Annual administration report of the Civil Veterinary Department of India - 1909-1910
Year: 1909
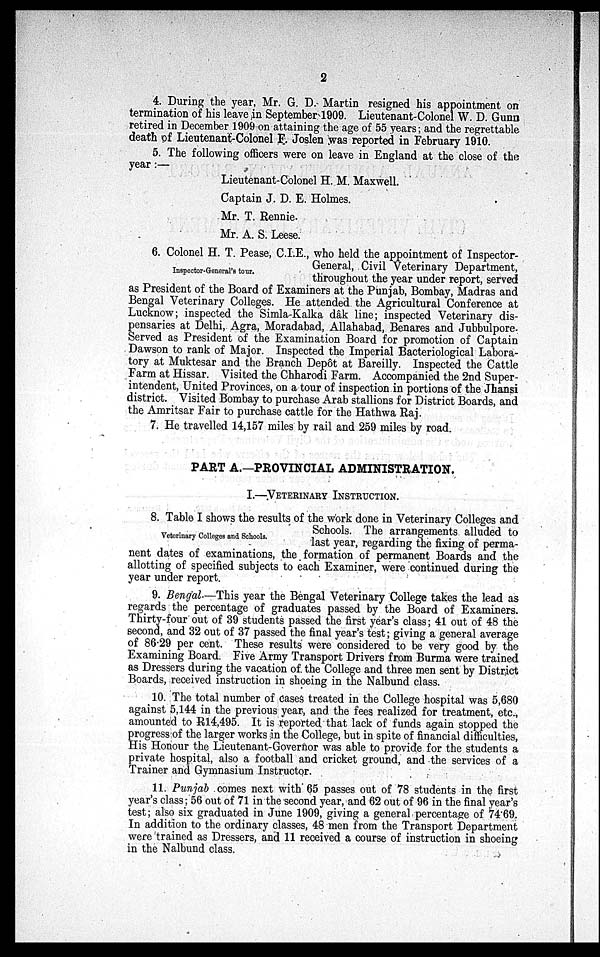
2
4. During the year, Mr. G. D. Martin resigned his appointment on
termination of his leave in September 1909. Lieutenant-Colonel W. D. Gunn
retired in December 1909 on attaining the age of 55 years; and the regrettable
death of Lieutenant-Colonel F. Joslen was reported in February 1910.
5. The following officers were on leave in England at the close of the
year:—
Lieutenant-Colonel H. M. Maxwell.
Captain J. D. E. Holmes.
Mr. T. Rennie.
Mr. A. S. Leese.
Inspector-General's tour.
6. Colonel H. T. Pease, C.I.E., who held the appointment of Inspector-
General, Civil Veterinary Department,
Inspector-General's tour.
throughout the year under report, served
as President of the Board of Examiners at the Punjab, Bombay, Madras and
Bengal Veterinary Colleges. He attended the Agricultural Conference at
Lucknow; inspected the Simla-Kalka dâk line; inspected Veterinary dis-
pensaries at Delhi, Agra, Moradabad, Allahabad, Benares and Jubbulpore.
Served as President of the Examination Board for promotion of Captain
Dawson to rank of Major. Inspected the Imperial Bacteriological Labora-
tory at Muktesar and the Branch Depôt at Bareilly. Inspected the Cattle
Farm at Hissar. Visited the Chharodi Farm. Accompanied the 2nd Super-
intendent, United Provinces, on a tour of inspection in portions of the Jhansi
district. Visited Bombay to purchase Arab stallions for District Boards, and
the Amritsar Fair to purchase cattle for the Hathwa Raj.
7. He travelled 14,157 miles by rail and 259 miles by road.
PART A.—PROVINCIAL ADMINISTRATION.
I.—VETERINARY INSTRUCTION.
Veterinary Colleges and Schools.
8. Table I shows the results of the work done in Veterinary Colleges and
Schools. The arrangements alluded to
last year, regarding the fixing of perma-
nent dates of examinations, the formation of permanent Boards and the
allotting of specified subjects to each Examiner, were continued during the
year under report.
9. Bengal.—This year the Bengal Veterinary College takes the lead as
regards the percentage of graduates passed by the Board of Examiners.
Thirty-four out of 39 students passed the first year's class; 41 out of 48 the
second, and 32 out of 37 passed the final year's test; giving a general average
of 86.29 per cent. These results were considered to be very good by the
Examining Board. Five Army Transport Drivers from Burma were trained
as Dressers during the vacation of. the College and three men sent by District
Boards, received instruction in shoeing in the Nalbund class.
10. The total number of cases treated in the College hospital was 5,680
against 5,144 in the previous year, and the fees realized for treatment, etc.,
amounted to R14,495. It is reported that lack of funds again stopped the
progress of the larger works in the College, but in spite of financial difficulties,
His Honour the Lieutenant-Governor was able to provide for the students a
private hospital, also a football and cricket ground, and the services of a
Trainer and Gymnasium Instructor
11. Punjab comes next with 65 passes out of 78 students in the first
year's class; 56 out of 71 in the second year, and 62 out of 96 in the final year's
test; also six graduated in June 1909, giving a general percentage of 74.69.
In addition to the ordinary classes, 48 men from the Transport Department
were trained as Dressers, and 11 received a course of instruction in shoeing
in the Nalbund class.